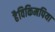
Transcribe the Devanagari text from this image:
हैविकिमपिया